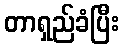
တာရှည်ခံပြီး